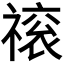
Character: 𬓕